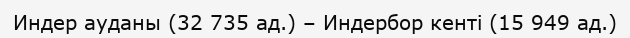
Индер ауданы (32 735 ад.) – Индербор кенті (15 949 ад.)